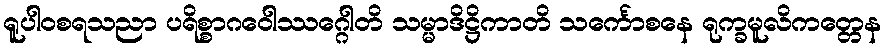
ရူပါဝစရသညာ ပရိစ္စာဂဝေါဿဂ္ဂေါတိ သမ္မာဒိဋ္ဌိကာတိ သင်္ကောစနေ ရုက္ခမူလိကတ္တေန